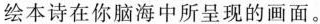
绘本诗在你脑海中所呈现的画面。